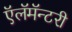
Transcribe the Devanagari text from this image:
ऍलॅमॅन्टरी